Medical and sanitary report on the native army of Bombay for the year
Year: 1879
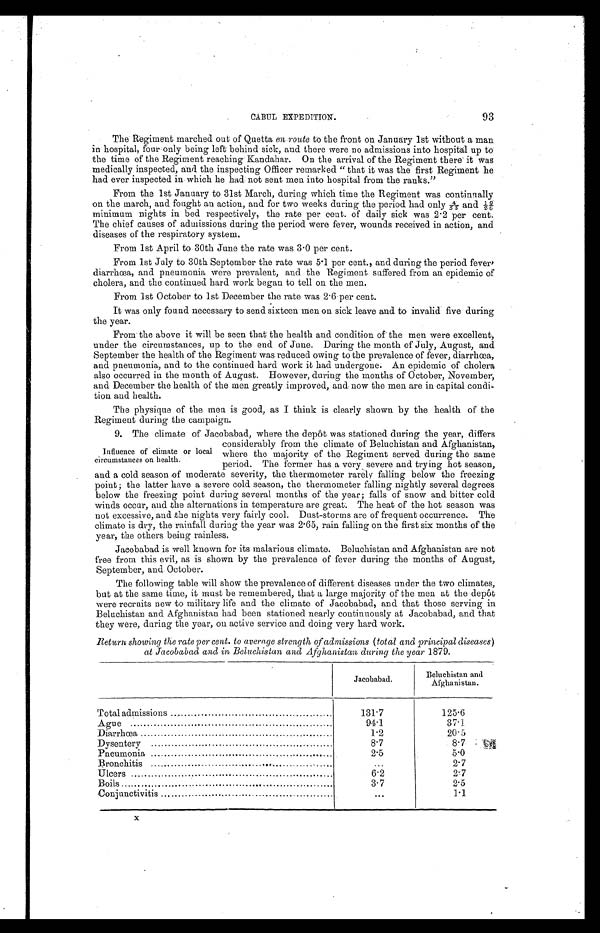
93
CABUL EXPEDITIO
N .
The Regiment marched out of Quetta en route to the front on January 1st without a man
in hospital, four only being left behind sick, and there were no admissions into hospital up to
the time of the Regiment reaching Kandahar. On the arrival of the Regiment there it was
medically inspected, and the inspecting Officer remarked "that it was the first Regiment he
had ever inspected in which he had not sent men into hospital from the ranks."
From the 1st January to 31st March, during which time the Regiment was continually
on the march, and fought an action, and for two weeks during the period had only 4/5 5
a n d ½ 9 / 6
minimum nights in bed respectively, the rate per cent. of daily sick was 2.2 per cent.
The chief causes of admissions during the period were fever, wounds received in action, and
diseases of the respiratory system.
From 1st April to 30th June the rate was 3.0 per cent.
From 1st July to 30th September the rate was 5.1 per cent., and during the period fever,
diarrhœa, and pneumonia were prevalent, and the Regiment suffered from an epidemic of
cholera, and the continued hard work began to tell on the men.
From 1st October to 1st December the rate was 2.6 per cent.
It was only found necessary to send sixteen men on sick leave and to invalid five during
the year.
From the above it will be seen that the health and condition of the men were excellent,
under the circumstances, up to the end of June. During the month of July, August, and
September the health of the Regiment was reduced owing to the prevalence of fever, diarrhœa,
and pneumonia, and to the continued hard work it had undergone. An epidemic of cholera
also occurred in the month of August. However, during the months of October, November,
and December the health of the men greatly improved, and now the men are in capital condi
-
tion and health.
The physique of the men is good, as I think is clearly shown by the health of the
Regiment during the campaign.
9. The climate of Jacobabad, where the depôt was stationed during the year, differs
considerably from the climate of Beluchistan and Afghanistan,
where the majority of the Regiment served during the same
period. The former has a very severe and trying hot season,
and a cold season a moderate severity, the thermometer rarely falling below the freezing
point; the latter have a severe cold season, the thermometer falling nightly several degrees
below the freezing point during several months of the year; falls of snow and bitter cold
winds occur, and the alternations in temperature are great. The heat of the hot season was
not excessive, and the nights very fairly cool. Dust-storms are of frequent occurrence. The
climate is dry, the rainfall during the year was 2.65, rain falling on the first six months of the
year, the others being rainless.
Jacobabad is well known for its malarious climate. Beluchistan and Afghanistan are not
free from this evil, as is shown by the prevalence of fever during the months of August,
September, and October.
The following table will show the prevalence of different diseases under the two climates,
but at the same time, it must be remembered, that a large majority of the men at the depôt
were recruits new to military life and the climate of Jacobabad, and that those serving in
Beluchistan and Afghanistan had been stationed nearly continuously at Jacobabad, and that
they were, during the year, on active service and doing very hard work.
Return showing the rate per cent. to average strength of admissions (total and principal diseases)
at Jacobabad and in Beluchistan and Afghanistan during the year 1879.
Jacobabad.
Beluchistan and
Afghanistan.
Total admissions . . .
131.7
125.6
Ague . . .
94.1
37.1
Diarrhœa . . .
1.2
20.5
Dysentery . . .
8.7
8.7
Pneumonia . . .
2.5
5.0
Bronchitis . . .
. . . 2.7
Ulcers . . .
6.2
2.7
Boils . . .
3.7
2.5
Conjunctivitis . . .
. . . 1.1
Influence of climate or local
circumstances on health.